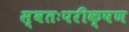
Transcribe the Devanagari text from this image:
स्वतःपरीक्षण